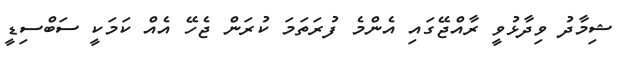
ޝިމާދު ވިދާޅުވީ ރާއްޖޭގައި އެންމެ ފުރަތަމަ ކުރަން ޖެހޭ އެއް ކަމަކީ ސަބްސިޑީ